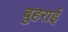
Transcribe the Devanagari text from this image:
बुहराई